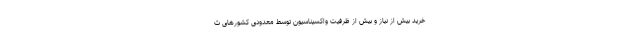
خرید بیش از نیاز و بیش از ظرفیت واکسیناسیون توسط معدودی کشورهای ث